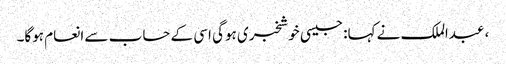
، عبدالملک نے کہا: جیسی خوشخبری ہوگی اسی کے حساب سے انعام ہوگا۔